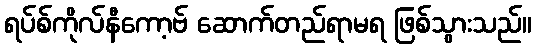
ရပ်စ်ကိုလ်နီကော့ဗ် ဆောက်တည်ရာမရ ဖြစ်သွားသည်။